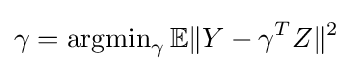
\gamma =\operatorname {argmin} _{\gamma }\mathbb {E} \|Y-\gamma ^{T}Z\|^{2}